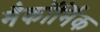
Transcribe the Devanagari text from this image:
मैकॉर्मिक